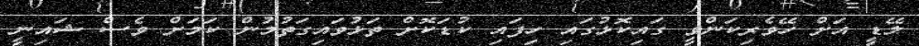
ލޭޑީ އަށް ހޭވެރިކަންވީ ގައިކޮޅުގައި ހިފައި ކުޑަކޮށް ތަޅުވައިގަތުމުން ކަމަށް ވެސް ޝައިނީ